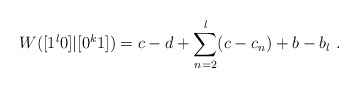
\begin{align*}W([1^l0]|[0^k1]) = c-d + \sum_{n=2}^l (c - c_n) + b-b_l \ .\end{align*}